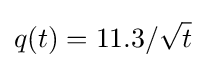
q(t)=11.3/{\sqrt {t}}